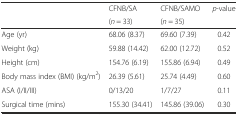
| <ROWSPAN=2>  | CFNB/SA | CFNB/SAMO | <ROWSPAN=2> p-value |
 | (n = 33) | (n = 35) |
 | --- | --- | --- | --- |
 | Age (yr) | 68.06 (8.37) | 69.60 (7.39) | 0.42 |
 | Weight (kg) | 59.88 (14.42) | 62.00 (12.72) | 0.52 |
 | Height (cm) | 154.76 (6.19) | 155.86 (6.94) | 0.49 |
 | Body mass index (BMI) (kg/m2) | 26.39 (5.61) | 25.74 (4.49) | 0.60 |
 | ASA (I/II/III) | 0/13/20 | 1/7/27 | 0.11 |
 | Surgical time (mins) | 155.30 (34.41) | 145.86 (39.06) | 0.30 |